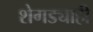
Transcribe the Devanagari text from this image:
शेगड्याही